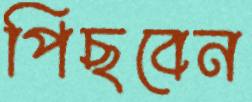
পিছবেন